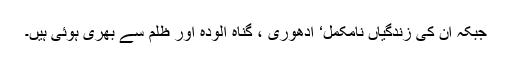
جبکہ ان کی زندگیاں نامکمل‘ ادھوری ، گناہ آلودہ اور ظلم سے بھری ہوئی ہیں۔